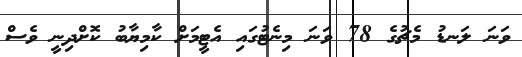
ވަނަ ލަނޑު މެޗުގެ 78 ވަނަ މިނެޓުގައި އެޓީމަށް ކާމިޔާބު ކޮށްދިނީ ވެސް